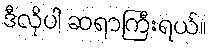
ဒီလိုပါ ဆရာကြီးရယ်။